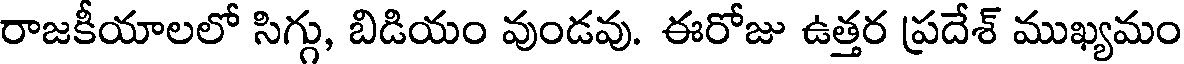
రాజకీయాలలో సిగ్గు, బిడియం వుండవు. ఈరోజు ఉత్తర ప్రదేశ్ ముఖ్యమం